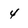
Character: 4